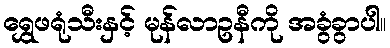
ရွှေဖရုံသီးနှင့် မုန်လာဥနီကို အခွံခွာပါ။